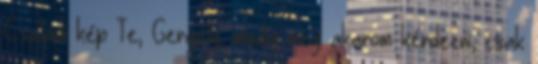
Családi kép Te, Gergely, mindig meg akarom kérdezni, csak